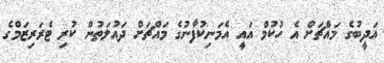
އަދީބުގެ މައްޗަށް އެ ހުކުމް އައީ އެމަނިކުފާނުގެ މައްޗަށް ދައުލަތުން ކުރި ޓެރަރިޒަމްގެ